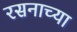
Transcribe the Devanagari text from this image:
रसनाच्या